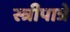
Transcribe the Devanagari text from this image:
स्त्रीपात्रे